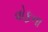
વોફના